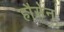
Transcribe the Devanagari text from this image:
हौसेन